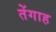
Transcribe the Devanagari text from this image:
तेंगाह